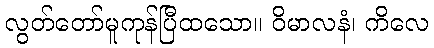
လွတ်တော်မူကုန်ပြီထသော။ ဝိမာလနံ၊ ကိလေ